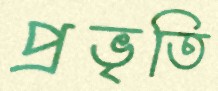
প্রভৃতি